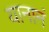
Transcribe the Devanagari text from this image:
यानानं